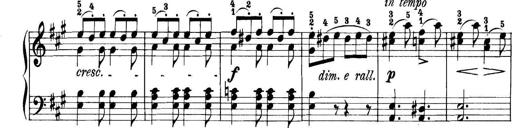
Title: 11 Sonatinas
Composer: Anton Diabelli